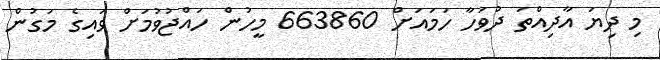
މި ދިޔަ އާދިއްތަ ދުވަހާ ހަމައަށް 663860 މީހުން ހައްޖުވުމަށް ވައިގެ މަގުން